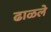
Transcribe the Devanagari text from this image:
ढाळले